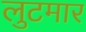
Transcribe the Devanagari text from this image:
लुटमार